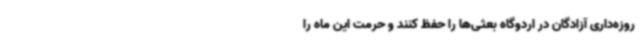
روزه‌داری آزادگان در اردوگاه بعثی‌ها را حفظ کنند و حرمت این ماه را